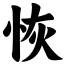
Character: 恢